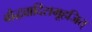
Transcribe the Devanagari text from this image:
बौद्धवादिसमूहजित्